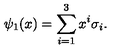
\psi _ { 1 } ( x ) = \sum _ { i = 1 } ^ { 3 } x ^ { i } \sigma _ { i } .